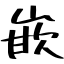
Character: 嵌